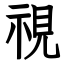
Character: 視